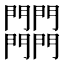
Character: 𨷾